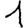
Digit: 1